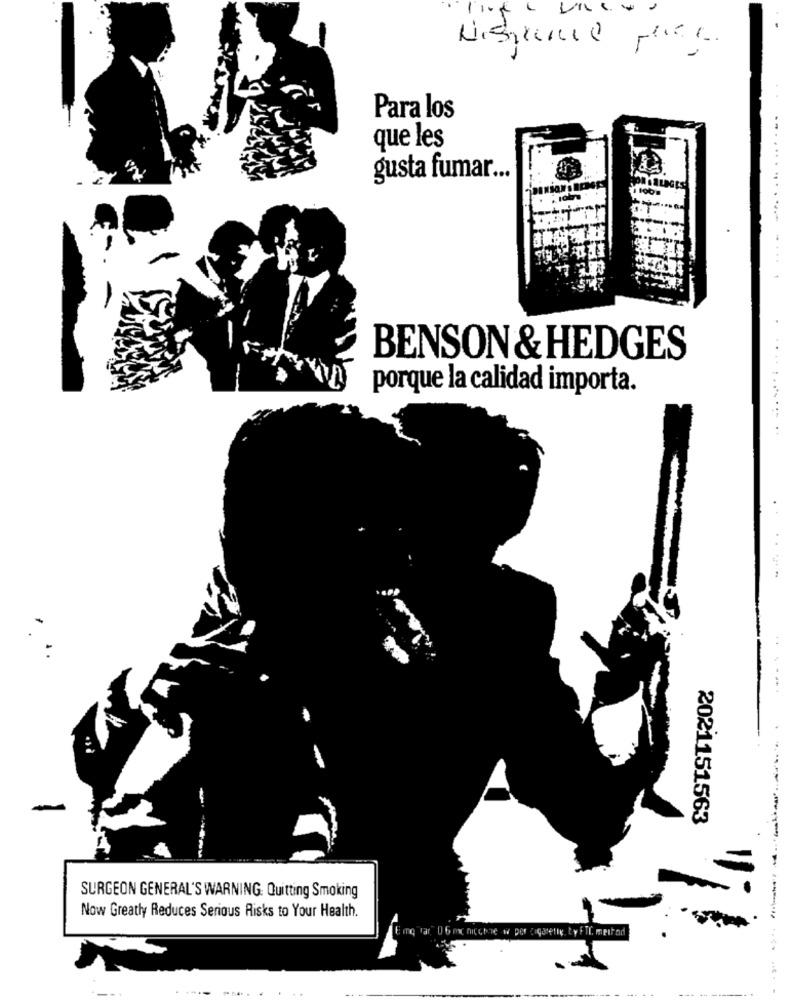
Para los
que les
gusta fumar ...
...
BENSON& HEDGES
..
porque la calidad importa.
.+
2021151563
SURGEON GENERAL'S WARNING. Quitting Smoking
Now Greatly Reduces Serious Risks to Your Health.